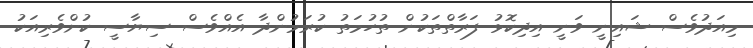
މިއަދުވެސް ޝައިނީ ވަނީ އިދިކޮޅު ފަރާތްތަކުން ތުހުމަތު ކުރަމުންދާ އެއްވެސް ސިޔާސީ ކުށްވެރިއަކު